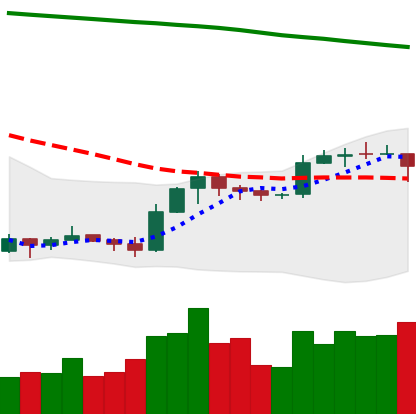
Ticker: EOS-USD
Chart end date: 2019-09-19
Forward return: -29.013%
Label: down_7plus